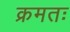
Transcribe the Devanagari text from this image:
क्रमतः